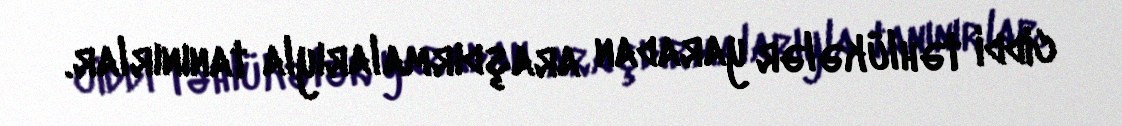
ciddi təhlükələr yaradan araşdırmalarıyla tanınırlar.